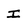
Character: I